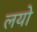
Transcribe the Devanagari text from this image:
लयो